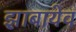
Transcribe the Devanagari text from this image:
झ़ाबायेव